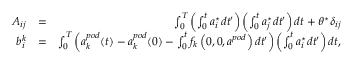
\begin{array} { r l r } { A _ { i j } } & { = } & { \int _ { 0 } ^ { T } \left( \int _ { 0 } ^ { t } a _ { i } ^ { \star } d t ^ { \prime } \right) \left( \int _ { 0 } ^ { t } a _ { j } ^ { \star } d t ^ { \prime } \right) d t + \theta ^ { \star } \delta _ { i j } } \\ { b _ { i } ^ { k } } & { = } & { \int _ { 0 } ^ { T } \left( a _ { k } ^ { p o d } ( t ) - a _ { k } ^ { p o d } ( 0 ) - \int _ { 0 } ^ { t } f _ { k } \left( 0 , 0 , a ^ { p o d } \right) d t ^ { \prime } \right) \left( \int _ { 0 } ^ { t } a _ { i } ^ { \star } d t ^ { \prime } \right) d t , } \end{array}